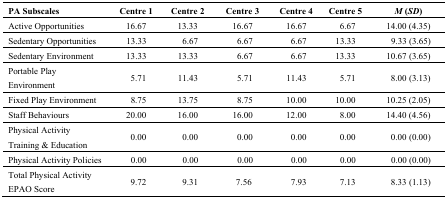
<table><thead><tr><td><b>PA Subscales</b></td><td><b>Centre 1</b></td><td><b>Centre 2</b></td><td><b>Centre 3</b></td><td><b>Centre 4</b></td><td><b>Centre 5</b></td><td><b><i>M</i> (<i>SD</i>)</b></td></tr></thead><tbody><tr><td>Active Opportunities</td><td>16.67</td><td>13.33</td><td>16.67</td><td>16.67</td><td> 6.67</td><td>14.00 (4.35)</td></tr><tr><td>Sedentary Opportunities</td><td>13.33</td><td> 6.67</td><td> 6.67</td><td> 6.67</td><td>13.33</td><td> 9.33 (3.65)</td></tr><tr><td>Sedentary Environment</td><td>13.33</td><td>13.33</td><td> 6.67</td><td> 6.67</td><td>13.33</td><td>10.67 (3.65)</td></tr><tr><td>Portable Play Environment</td><td> 5.71</td><td>11.43</td><td> 5.71</td><td>11.43</td><td> 5.71</td><td> 8.00 (3.13)</td></tr><tr><td>Fixed Play Environment</td><td> 8.75</td><td>13.75</td><td> 8.75</td><td>10.00</td><td>10.00</td><td>10.25 (2.05)</td></tr><tr><td>Staff Behaviours</td><td>20.00</td><td>16.00</td><td>16.00</td><td>12.00</td><td> 8.00</td><td>14.40 (4.56)</td></tr><tr><td>Physical Activity Training &amp; Education</td><td> 0.00</td><td> 0.00</td><td>0.00</td><td> 0.00</td><td> 0.00</td><td> 0.00 (0.00)</td></tr><tr><td>Physical Activity Policies</td><td> 0.00</td><td> 0.00</td><td>0.00</td><td> 0.00</td><td> 0.00</td><td> 0.00 (0.00)</td></tr><tr><td>Total Physical Activity EPAO Score</td><td> 9.72</td><td> 9.31</td><td>7.56</td><td> 7.93</td><td> 7.13</td><td> 8.33 (1.13)</td></tr></tbody></table>